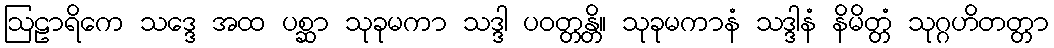
ဩဠာရိကေ သဒ္ဒေ အထ ပစ္ဆာ သုခုမကာ သဒ္ဒါ ပဝတ္တန္တိ။ သုခုမကာနံ သဒ္ဒါနံ နိမိတ္တံ သုဂ္ဂဟိတတ္တာ